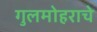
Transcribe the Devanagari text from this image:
गुलमोहराचे